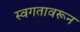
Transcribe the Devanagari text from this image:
स्वगतावरून